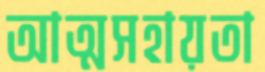
আত্মসহায়তা